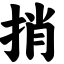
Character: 捎